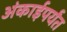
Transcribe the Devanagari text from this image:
अंकाईपर्यंत